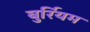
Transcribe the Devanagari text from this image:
बुर्रियम